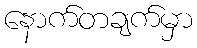
နောက်တချက်မှာ